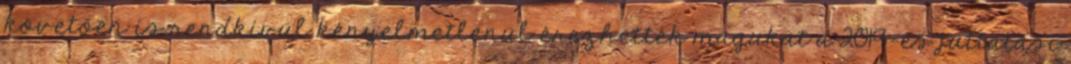
követően is rendkívül kényelmetlenül érezhették magukat a 2019-es juttatási